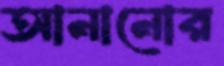
আনানোর